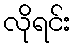
လိုရင်း